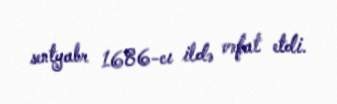
sentyabr 1686-cı ildə vəfat etdi.